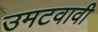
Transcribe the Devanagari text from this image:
उमटवावी